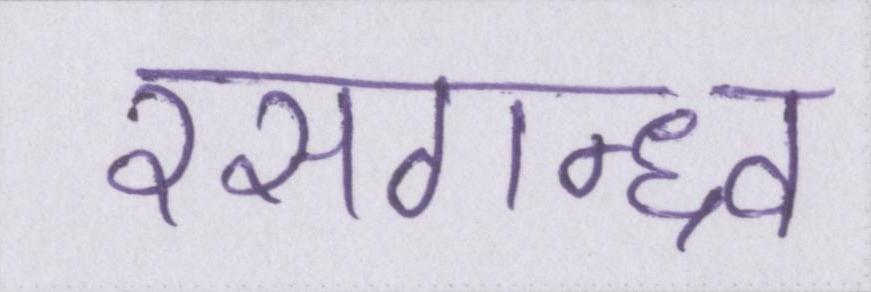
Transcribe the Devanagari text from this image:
रसगन्ध्र्व